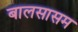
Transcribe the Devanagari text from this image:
बालसासम